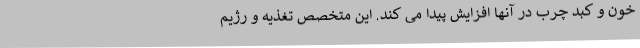
خون و کبد چرب در آنها افزایش پیدا می کند. این متخصص تغذیه و رژیم